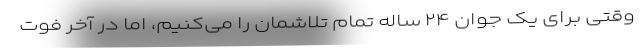
وقتی برای یک جوان ۲۴ ساله تمام تلاشمان را می‌کنیم، اما در آخر فوت